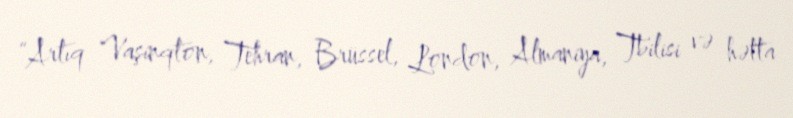
“Artıq Vaşinqton, Tehran, Brüssel, London, Almaniya, Tbilisi və hətta